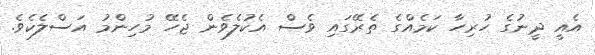
އެއީ ދީނުގެ ހުރިހާ ކަމެއްގެ ތެރޭގައި ވެސް އެކުލެވެން ޖެހޭ މުހިންމު އަސްލެކެވެ.